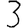
Digit: 3